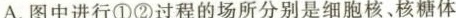
A.图中进行①②过程的场所分别是细胞核、核糖体